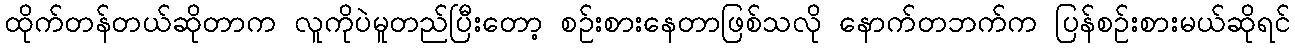
ထိုက်တန်တယ်ဆိုတာက လူကိုပဲမူတည်ပြီးတော့ စဉ်းစားနေတာဖြစ်သလို နောက်တဘက်က ပြန်စဉ်းစားမယ်ဆိုရင်